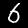
Digit: 6